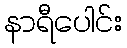
နာရီပေါင်း